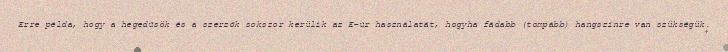
Erre példa, hogy a hegedűsök és a szerzők sokszor kerülik az E-úr használatát, hogyha fádabb (tompább) hangszínre van szükségük.